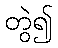
တွဲ၍